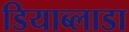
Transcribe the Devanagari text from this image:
डियाब्लाडा